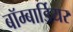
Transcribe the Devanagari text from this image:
बॉम्बार्डियर